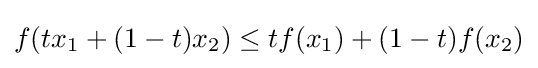
f(tx_{1}+(1-t)x_{2})\leq tf(x_{1})+(1-t)f(x_{2})